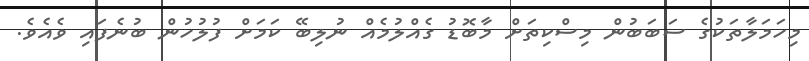
މިހަމަލާތަކުގެ ސަބަބުން މިސްކިތަށް މާބޮޑު ގެއްލުމެއް ނުލިބޭ ކަމަށް ފުލުހުން ބުނެފައި ވެއެވެ.